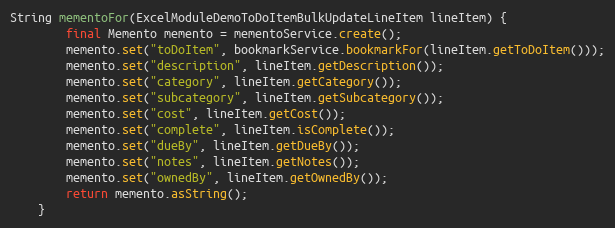
Language: Java
String mementoFor(ExcelModuleDemoToDoItemBulkUpdateLineItem lineItem) {
        final Memento memento = mementoService.create();
        memento.set("toDoItem", bookmarkService.bookmarkFor(lineItem.getToDoItem()));
        memento.set("description", lineItem.getDescription());
        memento.set("category", lineItem.getCategory());
        memento.set("subcategory", lineItem.getSubcategory());
        memento.set("cost", lineItem.getCost());
        memento.set("complete", lineItem.isComplete());
        memento.set("dueBy", lineItem.getDueBy());
        memento.set("notes", lineItem.getNotes());
        memento.set("ownedBy", lineItem.getOwnedBy());
        return memento.asString();
    }